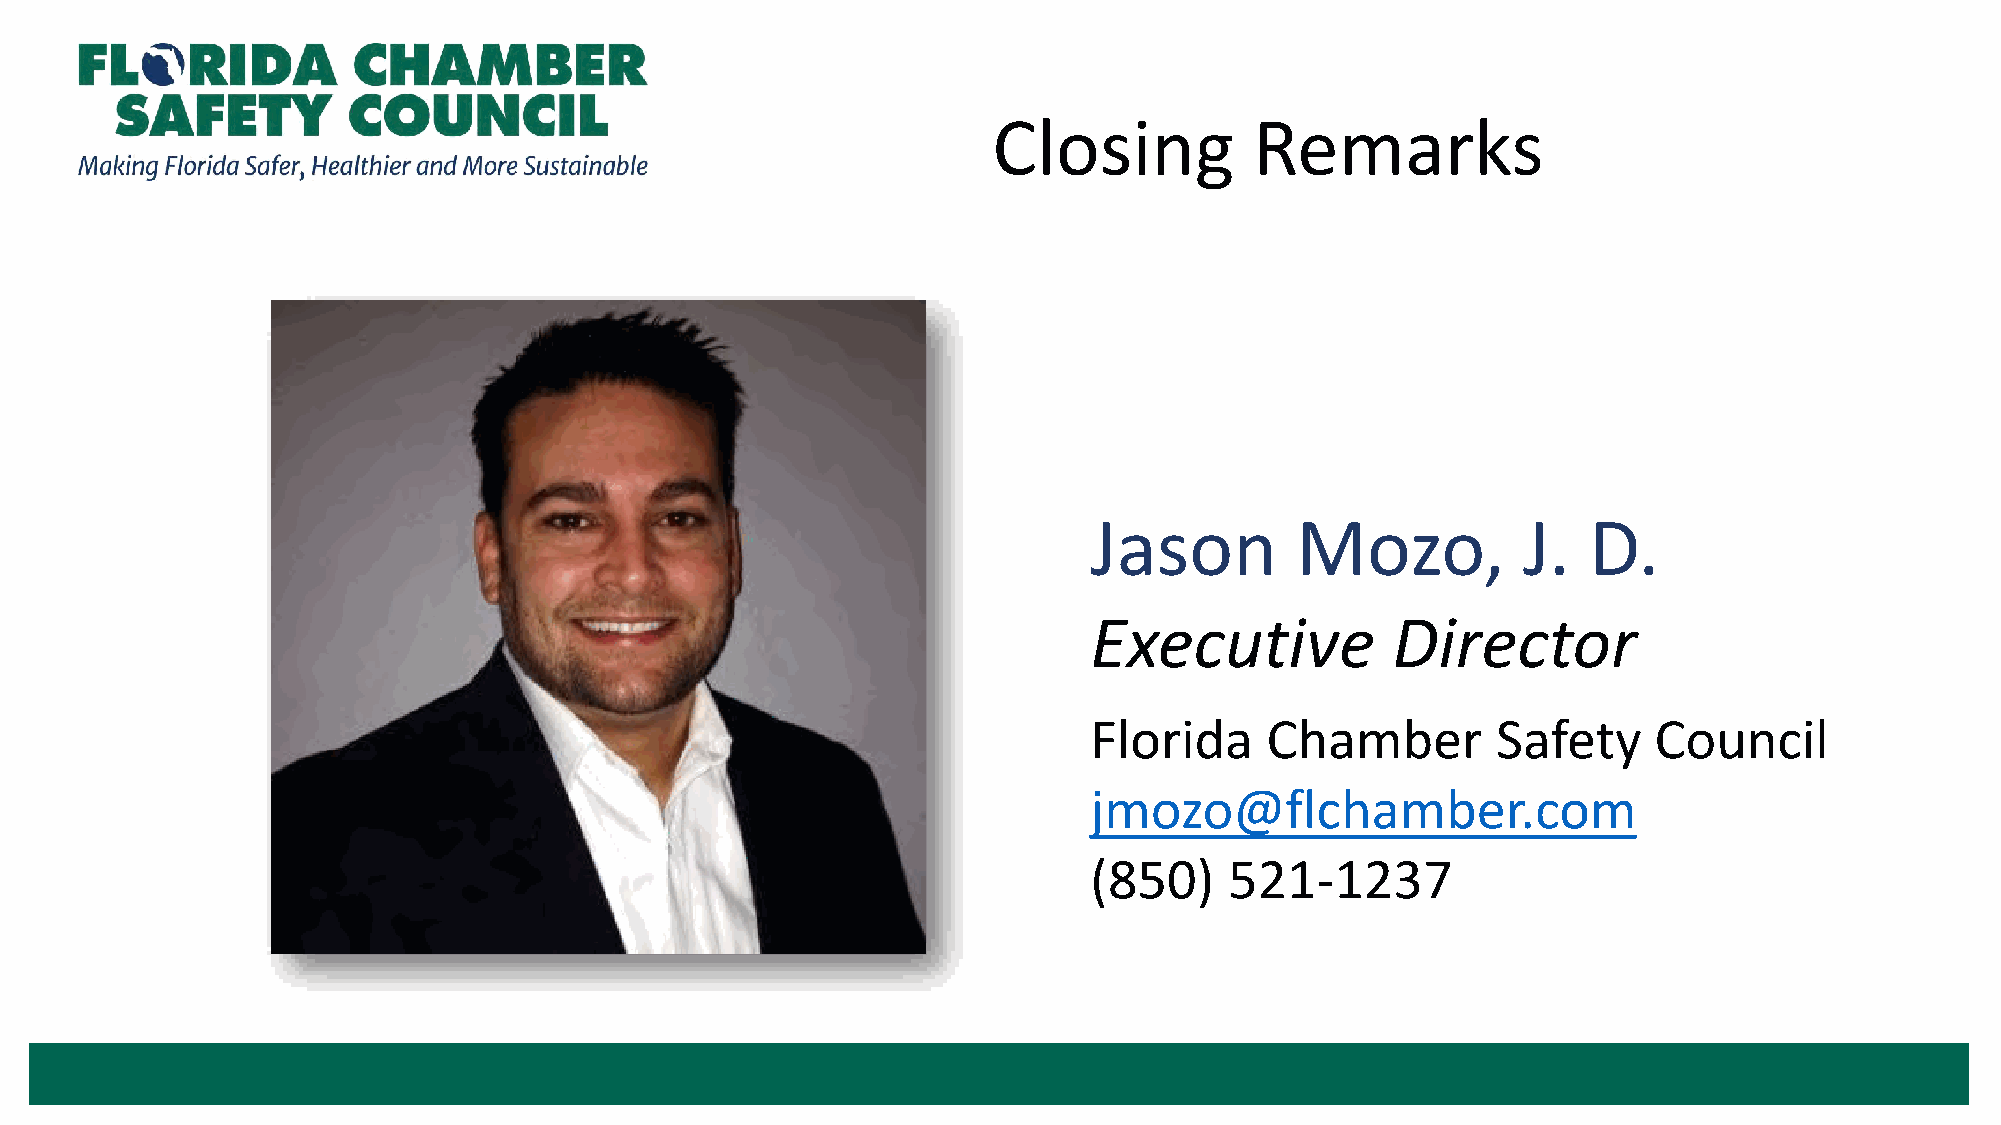
Closing          Remarks
 Jason         Mozo,          J.  D.
 Executive           Director
 Florida     Chamber        Safety    Council
 jmozo@flchamber.com
 (850)    521-1237